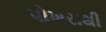
પોખરાથી